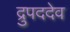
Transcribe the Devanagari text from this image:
द्रुपददेव